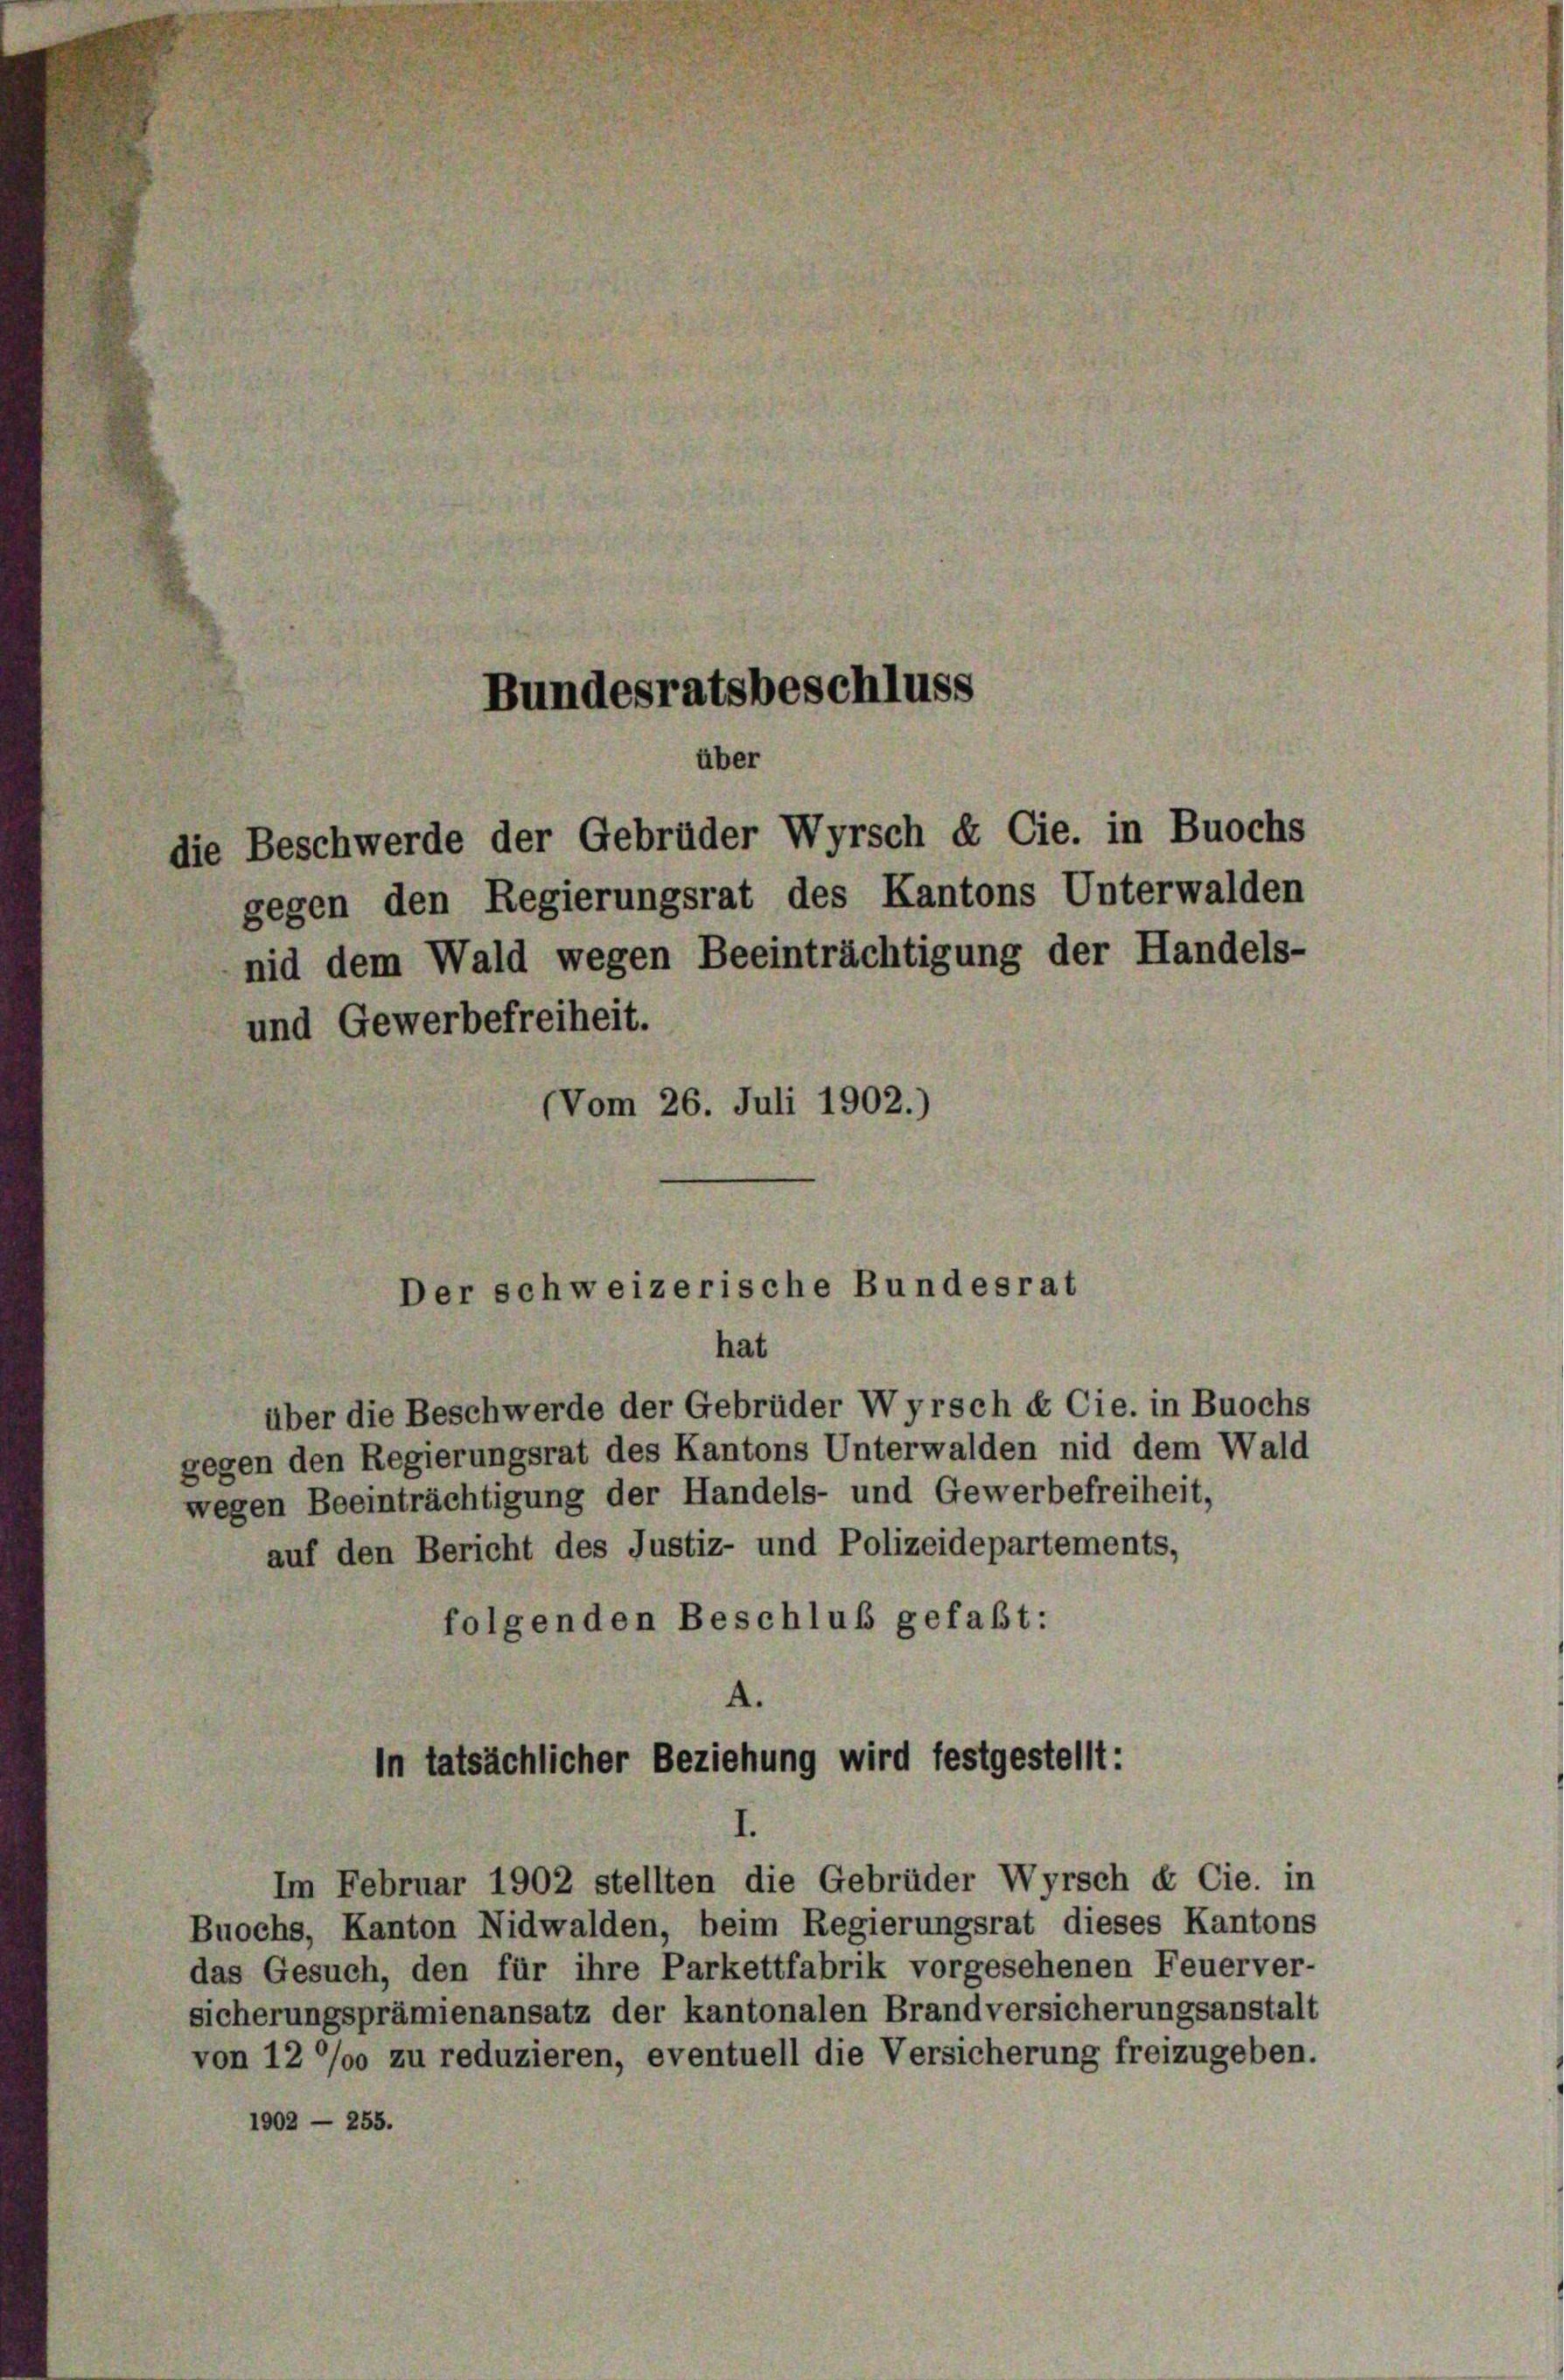
über die Beschwerde der Gebrüder Wyrsch & Cie. in Buochs
gegen den Regierungsrat des Kantons Unterwalden nid dem Wald
wegen Beeinträchtigung der Handels- und Gewerbefreiheit,
auf den Bericht des Justiz- und Polizeidepartements,
folgenden Beschluß gefaßt:

Bundesratsbeschluss
über
die Beschwerde der Gebrüder Wyrsch & Cie. in Buochs

gegen den Regierungsrat des Kantons Unterwalden
nid dem Wald wegen Beeinträchtigung der Handels-
und Gewerbefreiheit.
(Vom 26. Juli 1902.)

Der schweizerische Bundesrat
hat

In tatsächlicher Beziehung wird festgestellt:
Im Februar 1902 stellten die Gebrüder Wyrsch & Cie. in

Buochs, Kanton Nidwalden, beim Regierungsrat dieses Kantons
das Gesuch, den für ihre Parkettfabrik vorgesehenen Feuerver-
sicherungsprämienansatz der kantonalen Brandversicherungsanstalt
von 12 °/o zu reduzieren, eventuell die Versicherung freizugeben.
1902 — 255.